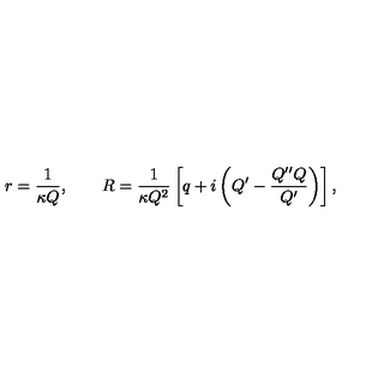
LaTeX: r = \frac { 1 } { \kappa Q } , \qquad R = \frac { 1 } { \kappa Q ^ { 2 } } \left[ q + i \left( Q ^ { \prime } - \frac { Q ^ { \prime \prime } Q } { Q ^ { \prime } } \right) \right] ,